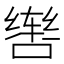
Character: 辔